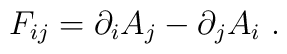
F_{ij}=\partial_i A_j-\partial_j A_i \ .